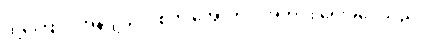
ထို့ကြောင့် အိန်ဂျယ်လ်စ်က အောက်ပါအတိုင်း ရေးခဲ့ပေသည်။